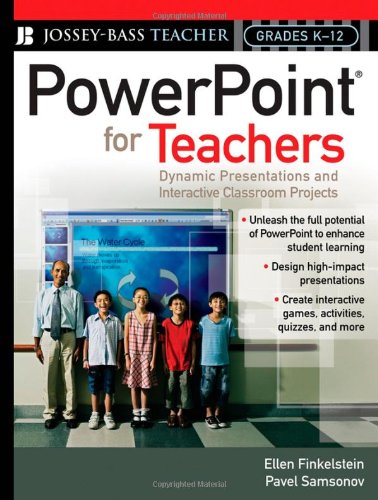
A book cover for PowerPoint for Teachers: Dynamic Presentations and Interactive Classroom Projects (Grades K-12); Ellen Finkelstein; Computers & Technology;